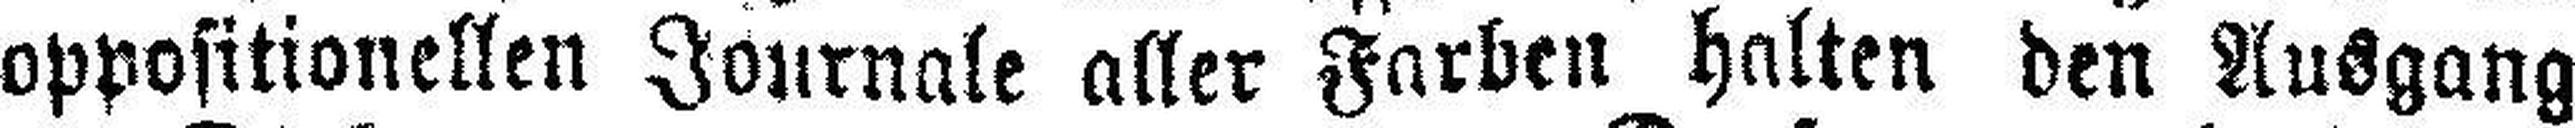
oppositionellen Journale aller Farben halten den Ausgang